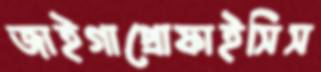
জাইগাপ্রোফাইসিস